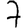
Digit: 7